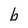
Character: b